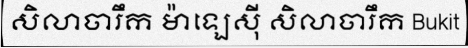
សិលាចារឹក ម៉ាឡេស៊ី សិលាចារឹក Bukit